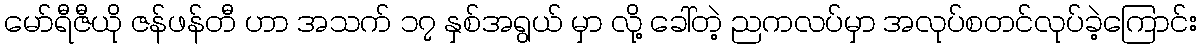
မော်ရီဇီယို ဇန်ဖန်တီ ဟာ အသက် ၁၇ နှစ်အရွယ် မှာ လို့ ခေါ်တဲ့ ညကလပ်မှာ အလုပ်စတင်လုပ်ခဲ့ကြောင်း